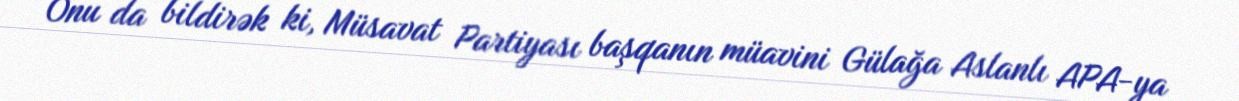
Onu da bildirək ki, Müsavat Partiyası başqanın müavini Gülağa Aslanlı APA-ya